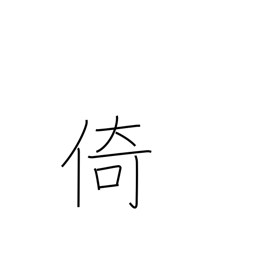
Meaning: lean on